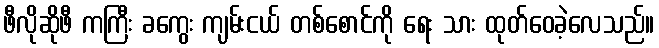
ဖီလိုဆိုဖီ ကကြီး ခကွေး ကျမ်းငယ် တစ်စောင်ကို ရေး သား ထုတ်ဝေခဲ့လေသည်။